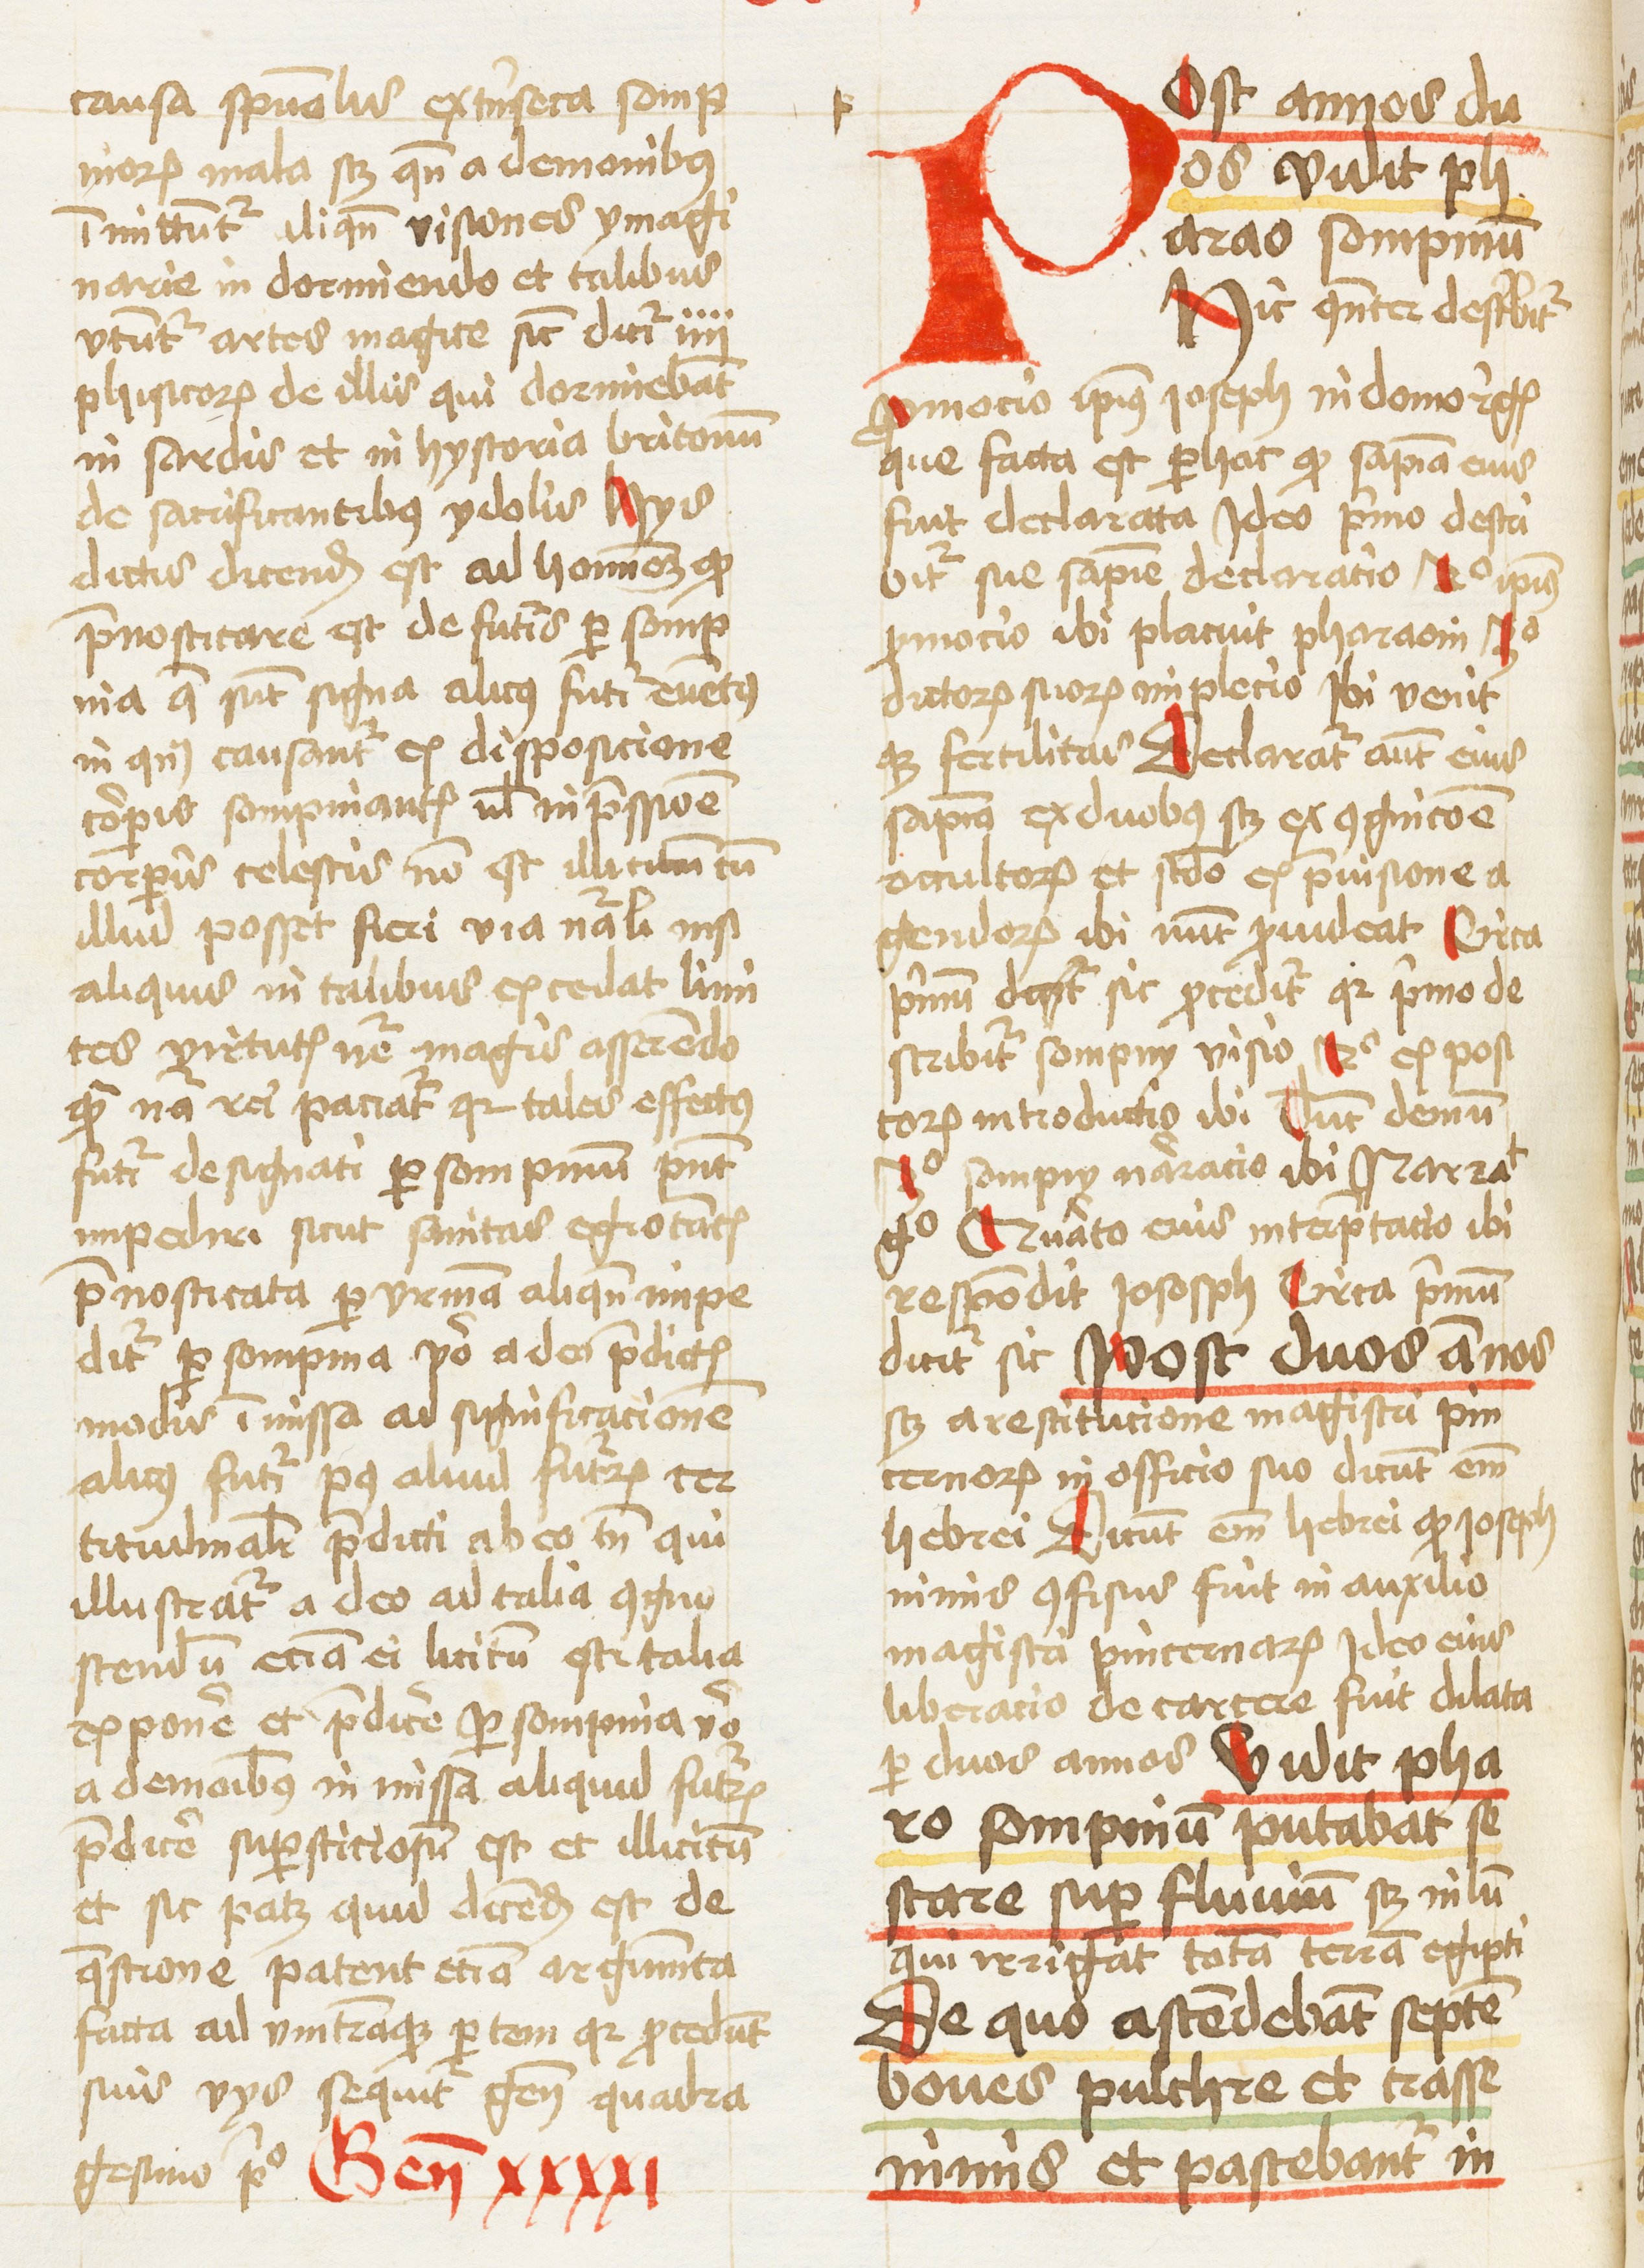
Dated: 1459–1461